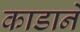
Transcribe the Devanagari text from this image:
काडाने